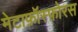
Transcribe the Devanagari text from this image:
मेटाफ़ॉस्फ़ोरस